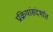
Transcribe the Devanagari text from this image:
प्रक्रियांसंदर्भात